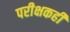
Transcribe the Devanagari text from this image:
परीक्षकही